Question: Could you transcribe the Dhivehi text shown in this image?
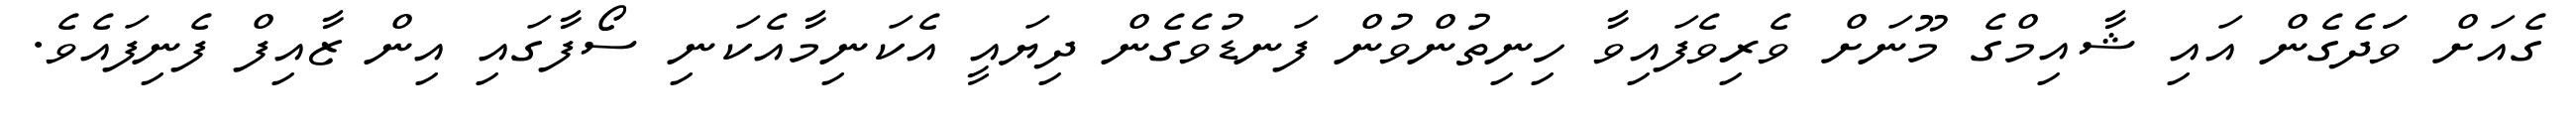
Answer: ގެއަށް ވަަދެގެން އައި ޝާއިމްގެ މޫނަށް ވެރިވެފައިވާ ހިނިތުންވުން ފަނޑުވެގެން ދިޔައީ އެކަނިމާއެކަނި ސޯފާގައި އިން ޒާއިފް ފެނިފައެވެ.